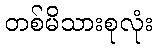
တစ်မိသားစုလုံး